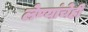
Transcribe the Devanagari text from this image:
लेण्यांचेही